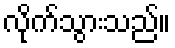
လိုက်သွားသည်။